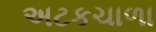
અટકચાળા